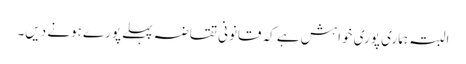
البتہ ہماری پوری خواہش ہے کہ قانونی تقاضہ پہلے پورے ہونے دیں۔